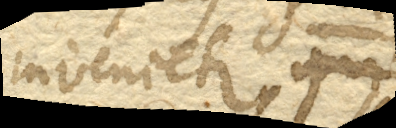
invenietur